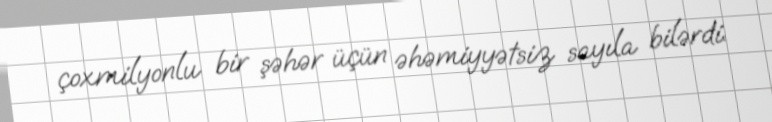
çoxmilyonlu bir şəhər üçün əhəmiyyətsiz sayıla bilərdi.